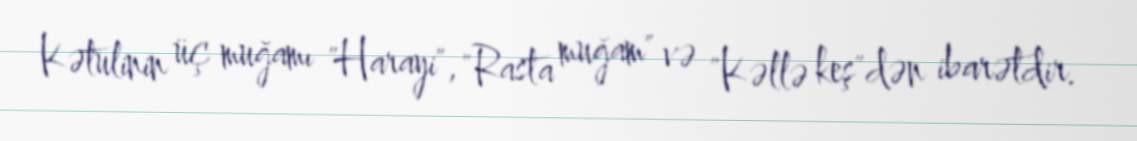
Kətulinin üç muğamı "Harayi", "Rasta muğam" və "Kəllə keş"dən ibarətdir.